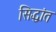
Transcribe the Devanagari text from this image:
सिद्धांत